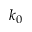
k _ { 0 }